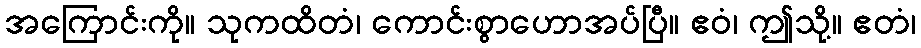
အကြောင်းကို။ သုကထိတံ၊ ကောင်းစွာဟောအပ်ပြီ။ ဧဝံ၊ ဤသို့။ ဧတံ၊